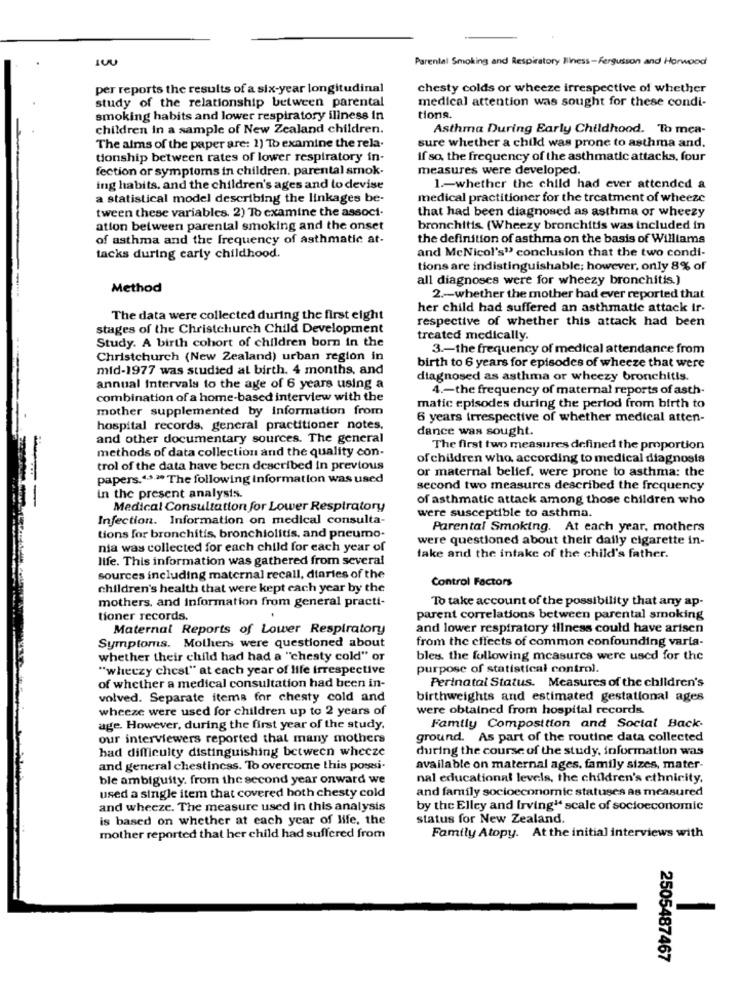
Parental Smoking and Respiratory Iliness-Fergusson and Horwood
per reports the results of a six-year longitudinal
chesty colds or wheeze irrespective of whether
study of the relationship between parental
medical attention was sought for these condi-
smoking habits and lower respiratory illness in
tions.
children in a sample of New Zealand children.
Asthma During Early Childhood. To mea-
sure whether a child was prone to asthma and.
The alms of the paper are: 1) To examine the rela-
tionship between rates of lower respiratory in-
if so, the frequency of the asthmatic attacks, four
fection or symptoms in children. parental smok.
measures were developed.
ing habits, and the children's ages and to devise
1 .- whether the child had ever attended a
a statistical model describing the linkages be-
medical practitioner for the treatment of wheeze
tween these variables. 2) To examine the associ.
that had been diagnosed as asthma or wheezy
ation between parental smoking and the onset
bronchitis (Wheezy bronchitis was included in
of asthma and the frequency of asthmatic at-
the definition of asthma on the basis of Williams
and McNicol's" conclusion that the two condi-
tacks during early childhood.
tions are indistinguishable; however, only 8% of
all diagnoses were for wheezy bronchitis.)
Method
2 .- whether the mother had ever reported that
her child had suffered an asthmatic attack ir-
The data were collected during the first eight
respective of whether this attack had been
stages of the Christchurch Child Development
Study. A birth cohort of children born in the
treated medically.
3 .- the frequency of medical attendance from
Christchurch (New Zealand) urban region in
mid-1977 was studied at birth. 4 months, and
birth to 6 years for episodes of wheeze that were
diagnosed as asthma or wheezy bronchitis.
annual Intervals to the age of 6 years using a
4 .- the frequency of maternal reports of asth-
combination of a home-based interview with the
mother supplemented by information from
matic episodes during the period from birth to
6 years irrespective of whether medical atten-
hospital records, general practitioner notes.
dance was sought.
and other documentary sources. The general
methods of data collection and the quality con-
The first two measures defined the proportion
of children who, according to medical diagnosis
trol of the data have been described in previous
or maternal belief, were prone to asthma: the
papers.">." The following Information was used
second two measures described the frequency
in the present analysis.
of asthmatic attack among those children who
Medical Consultation for Lower Respiratory
were susceptible to asthma.
Infection. Information on medical consulta-
Parental Smoking. At each year, mothers
tions for bronchitis, bronchiolitis, and pneumo-
were questioned about their daily cigarette in-
nia was collected for each child for each year of
life. This information was gathered from several
lake and the intake of the child's father.
sources including maternal recall, diaries of the
Control Factors
children's health that were kept each year by the
To take account of the possibility that any ap-
mothers, and Information from general practi-
tioner records.
parent correlations between parental smoking
Maternal Reports of Lower Respiratory
and lower respiratory iliness could have arisen
from the effects of common confounding varia-
Symptoms. Mothers were questioned about
whether their child had had a "chesty cold" or
bles. the following mcasurcs were used for the
"wheezy chest" at each year of life irrespective
purpose of statistical control.
Perinatal Status. Measures of the children's
of whether a medical consultation had been in-
volved. Separate itema for chesty cold and
birthweights and estimated gestational ages
wheeze were used for children up to 2 years of
were obtained from hospital records.
age. However, during the first year of the study.
Family Composition and Social Back-
our interviewers reported that many mothers
ground. As part of the routine data collected
had difficulty distinguishing between wheeze
during the course of the study, information was
and general chestincss. To overcome this potesi.
available on maternal ages. family sizes, mater-
ble ambiguity. from the second year onward we
nal educational levels, the children's ethnicity,
and family socioeconomic statuses as measured
used a single item that covered both chesty cold
and wheeze. The measure used in this analysis
by the Elley and irving" scale of socioeconomic
is based on whether at each year of life, the
status for New Zealand.
mother reported that her child had suffered from
Family Atopy. At the initial interviews with
2505487467